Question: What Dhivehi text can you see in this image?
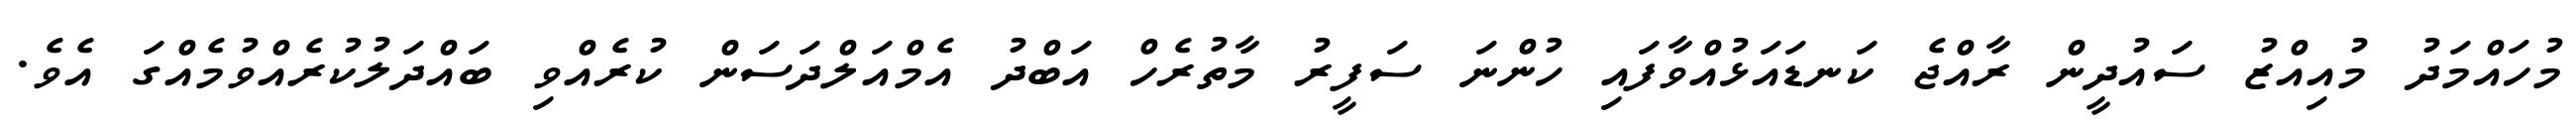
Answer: މުހައްމަދު މުއިއްޒު ސައުދީން ރާއްޖެ ކަނޑައަޅުއްވާފައި ހުންނަ ސަފީރު މާތުރެހް އަބްދު އެމްއަލްދަސަން ކުރެއްވި ބައްދަލުކުރެއްވުމެއްގަ އެވެ.